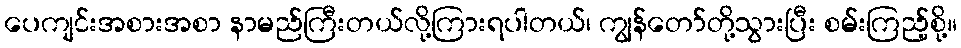
ပေကျင်းအစားအစာ နာမည်ကြီးတယ်လို့ကြားရပါတယ်၊ ကျွန်တော်တို့သွားပြီး စမ်းကြည့်စို့။